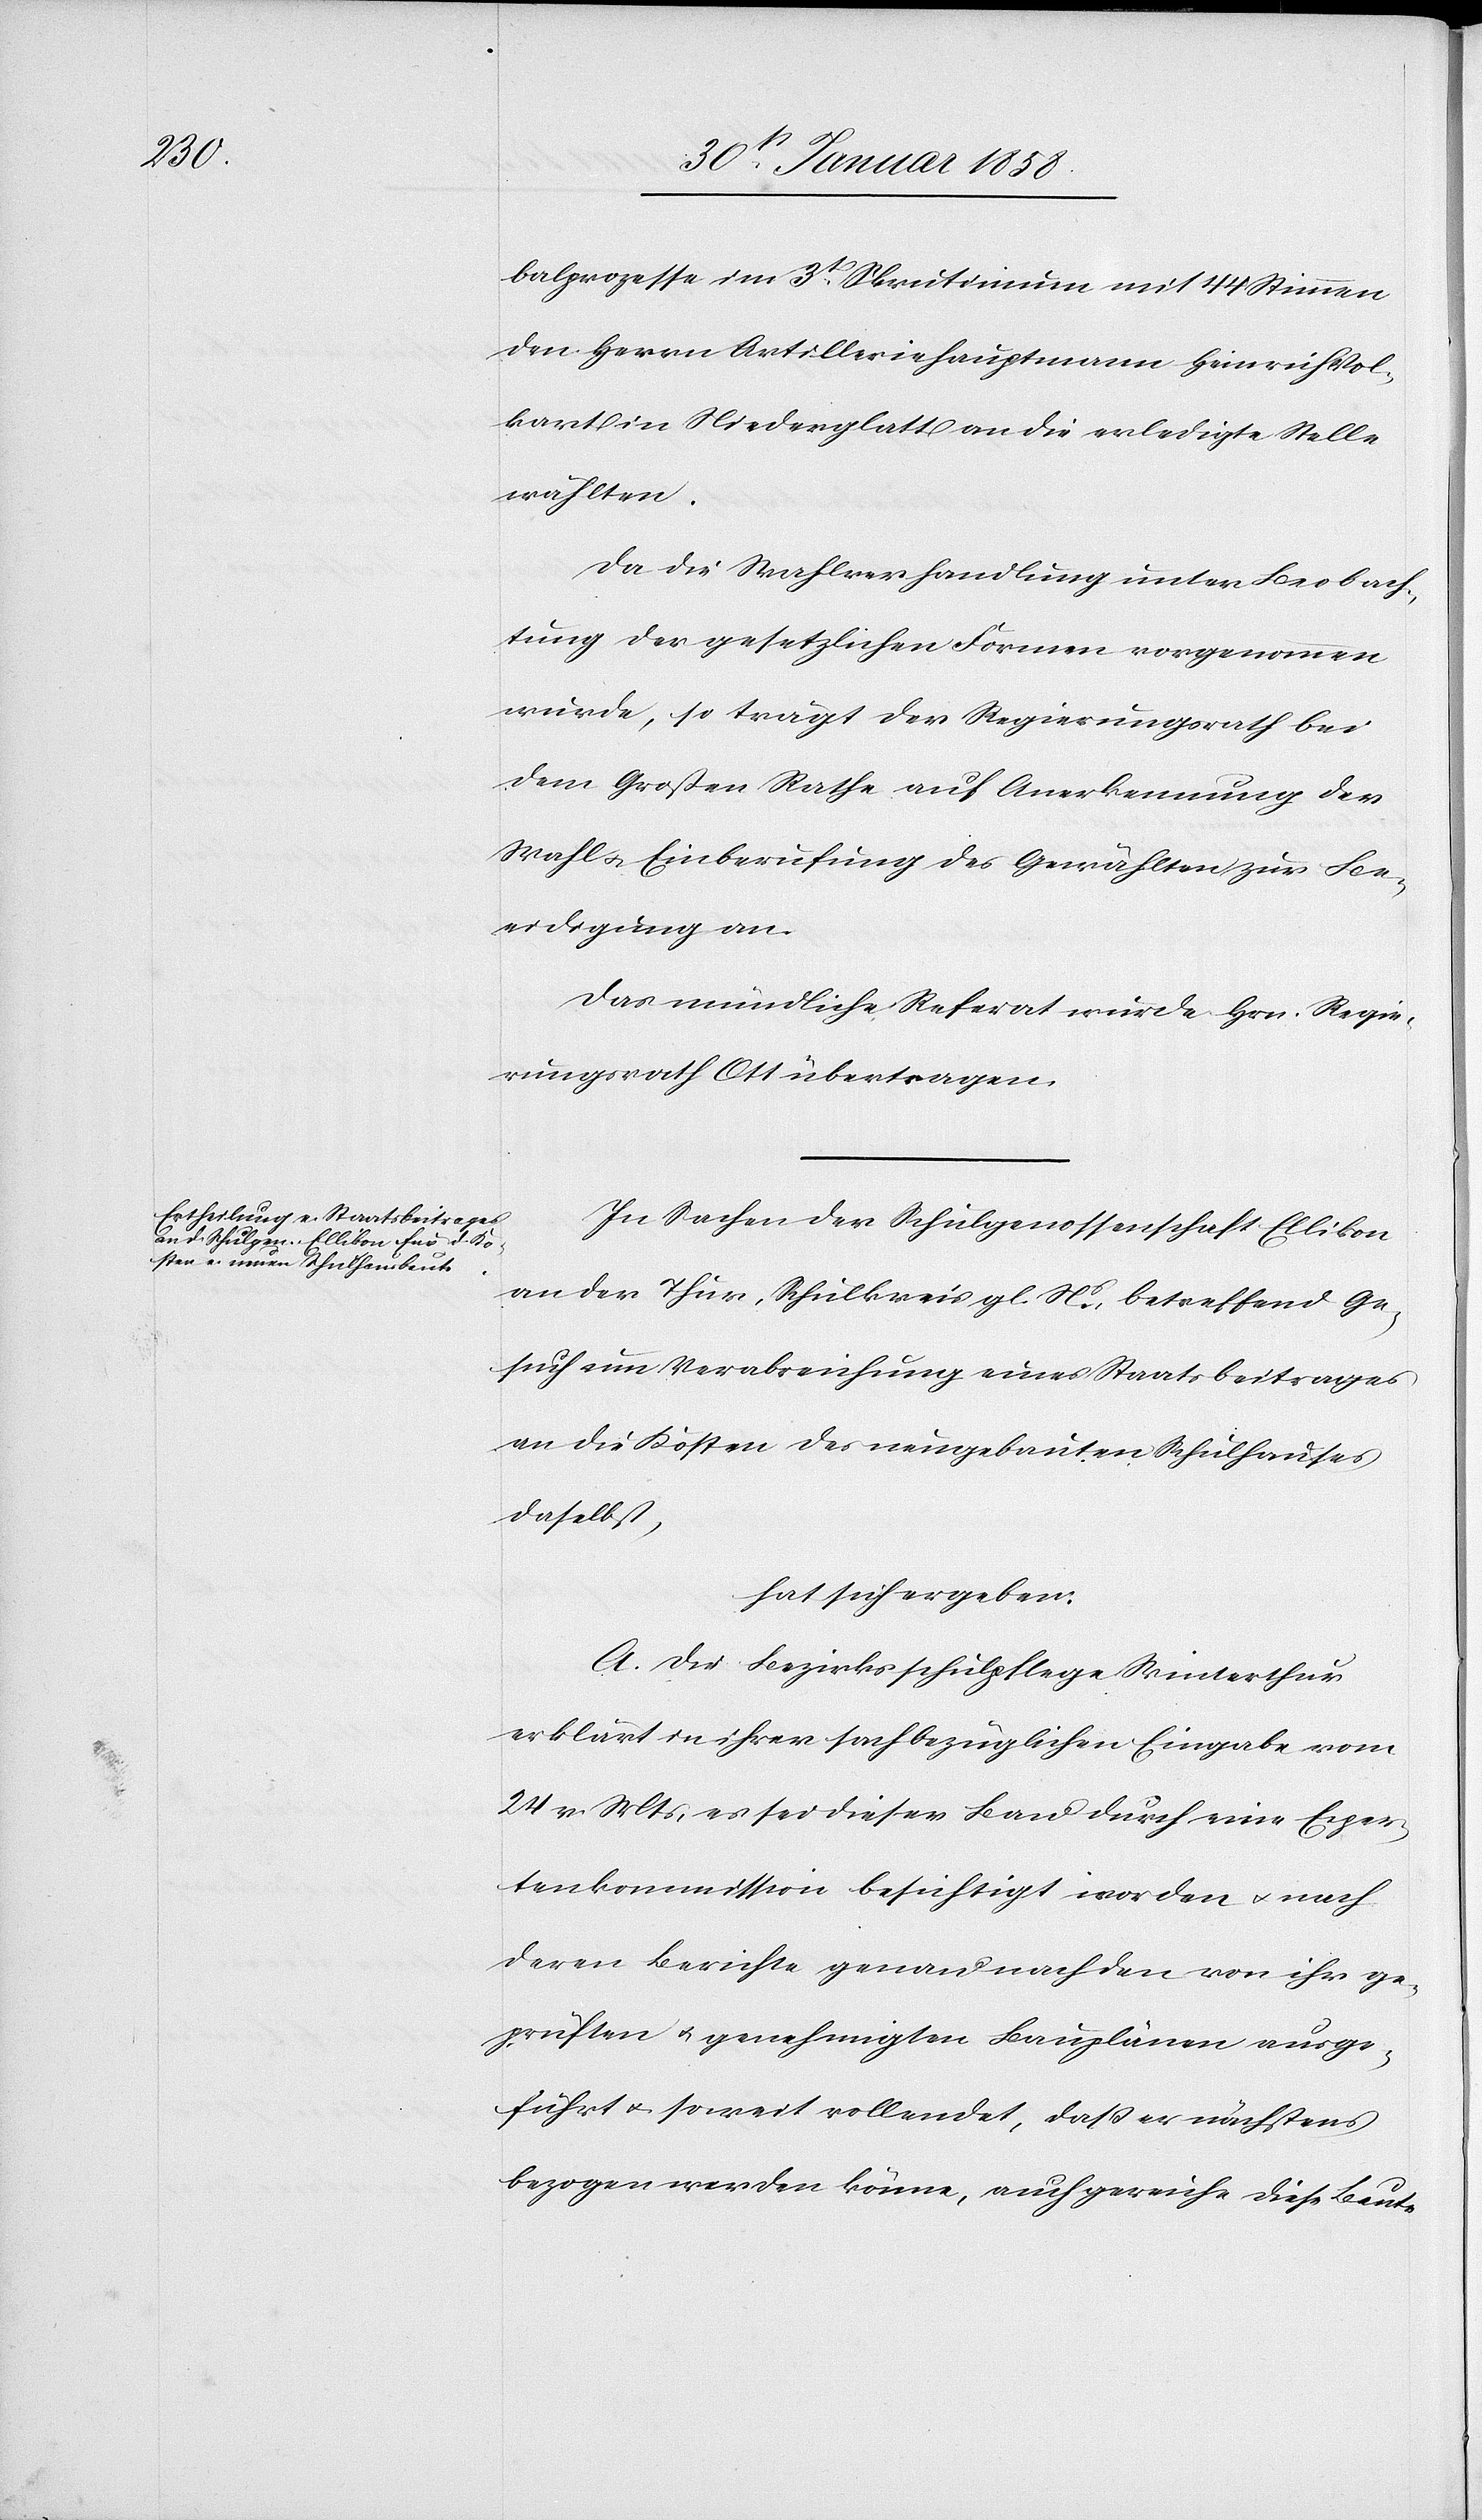
te

balprozesse im 3t Scrutinium mit 44 Stimmen
den Herrn Artilleriehauptmann Heinrich Vol¬
kart in Niederglatt an die erledigte Stelle
wählten.
Da die Wahlverhandlung unter Beobach¬
tung der gesetzlichen Formen vorgenommen
wurde, so trägt der Regierungsrath bei
dem Großen Rathe auf Anerkennung der
Wahl u. Einberufung des Gewählten zur Be¬
eidigung an.
Das mündliche Referat wurde Hrn. Regie¬
rungsrath Ott übertragen.
In Sachen der Schulgenossenschaft Ellikon
an der Thur, Schulkreis gl. Ns. betreffend Ge¬
such um Verabreichung eines Staatsbeitrages
an die Kosten des neugebauten Schulhauses
daselbst,
hat sich ergeben:
A. Die Bezirksschulpflege Winterthur
erklärt in ihrer sachbezüglichen Eingabe vom
24 v. Mts, es sei dieser Bau durch eine Exper¬
tenkommission besichtigt worden u. nach
deren Berichte genau nach den von ihr ge¬
prüften u. genehmigten Bauplänen ausge¬
führt u. so weit vollendet, daß er nächstens
bezogen werden könne, auch gereiche diese Bau¬